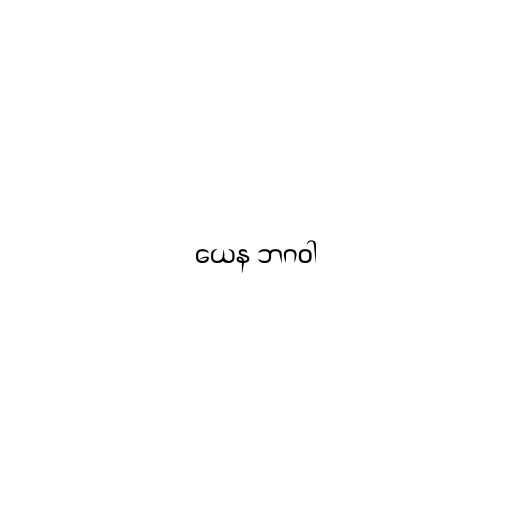
ယေန ဘဂဝါ